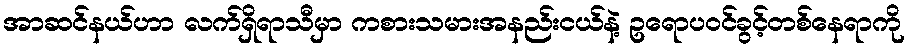
အာဆင်နယ်ဟာ လက်ရှိရာသီမှာ ကစားသမားအနည်းငယ်နဲ့ ဥရောပ၀င်ခွင့်တစ်နေရာကို